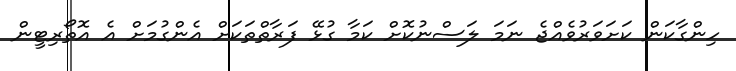
ހިންގާކަން ކަށަވަރުވެއްޖެ ނަމަ ލަސްނުކޮށް ކަމާ ގުޅޭ ފަރާތްތަކަށް އެންގުމަށް އެ އޮތޯރިޓީން